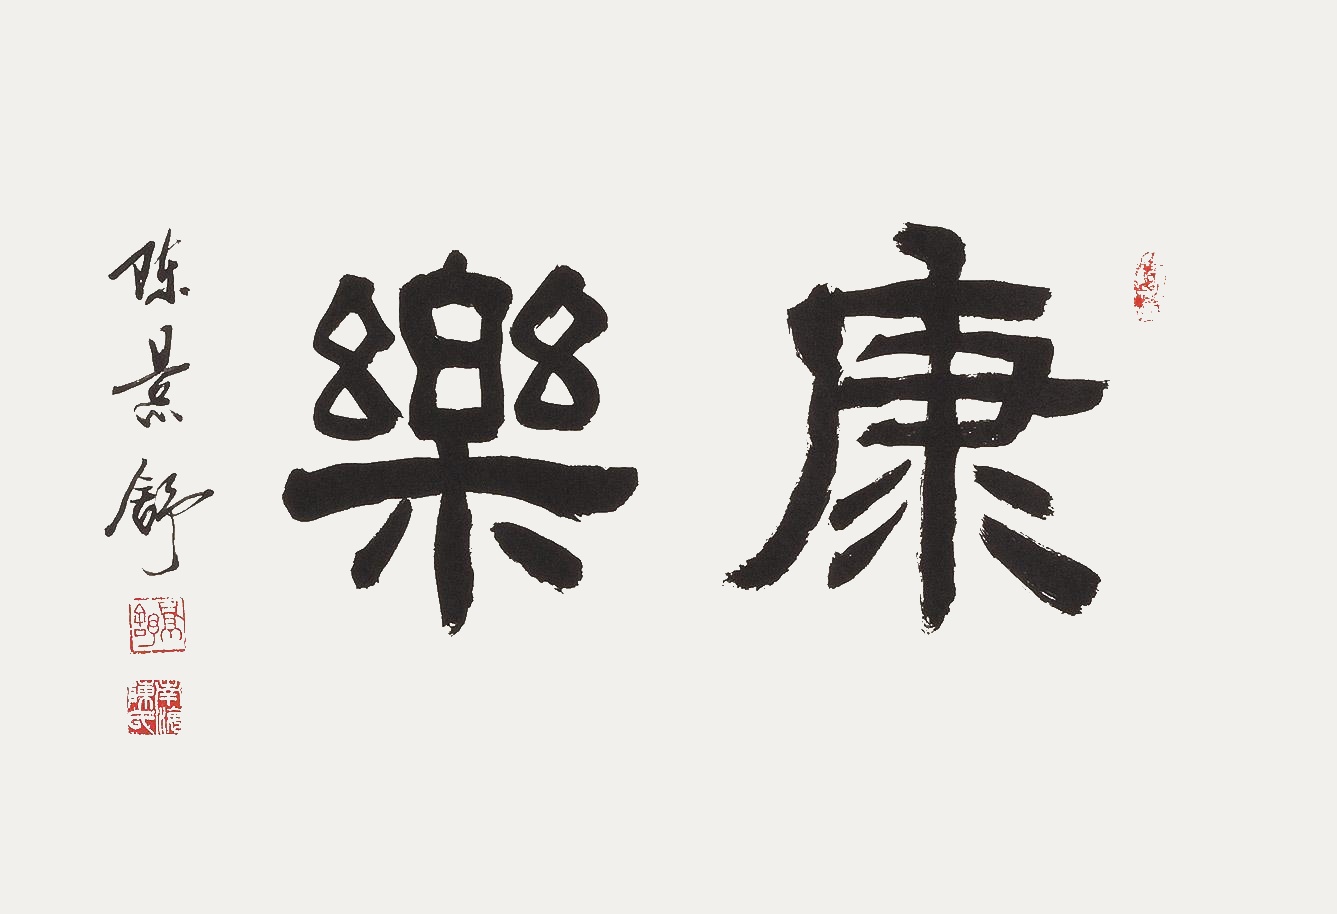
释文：康乐陈景舒。